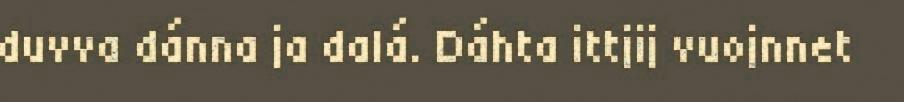
duvva dánna ja dalá. Dáhta ittjij vuojnnet